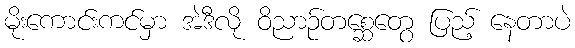
မိုးကောင်းကင်မှာ အဲဒီလို ဝိညာဉ်တစ္ဆေတွေ ပြည့် နေတာပဲ